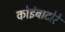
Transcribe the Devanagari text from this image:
कोइंबाटोरे